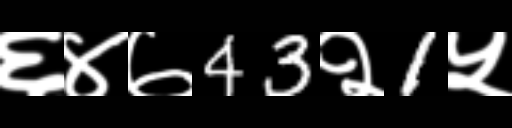
Text: ६४७43२1५